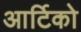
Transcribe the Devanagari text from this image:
आर्टिको